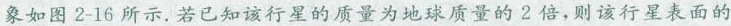
象如图2-16所示. 若已知该行星的质量为地球质量的2倍，则该行星表面的